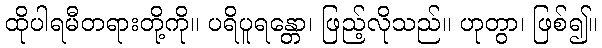
ထိုပါရမီတရားတို့ကို။ ပရိပူရန္တော၊ ဖြည့်လိုသည်။ ဟုတွာ၊ ဖြစ်၍။